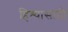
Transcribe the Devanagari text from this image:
हिश्यासाठी